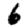
Digit: 6